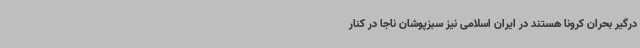
درگیر بحران کرونا هستند در ایران اسلامی نیز سبزپوشان ناجا در کنار